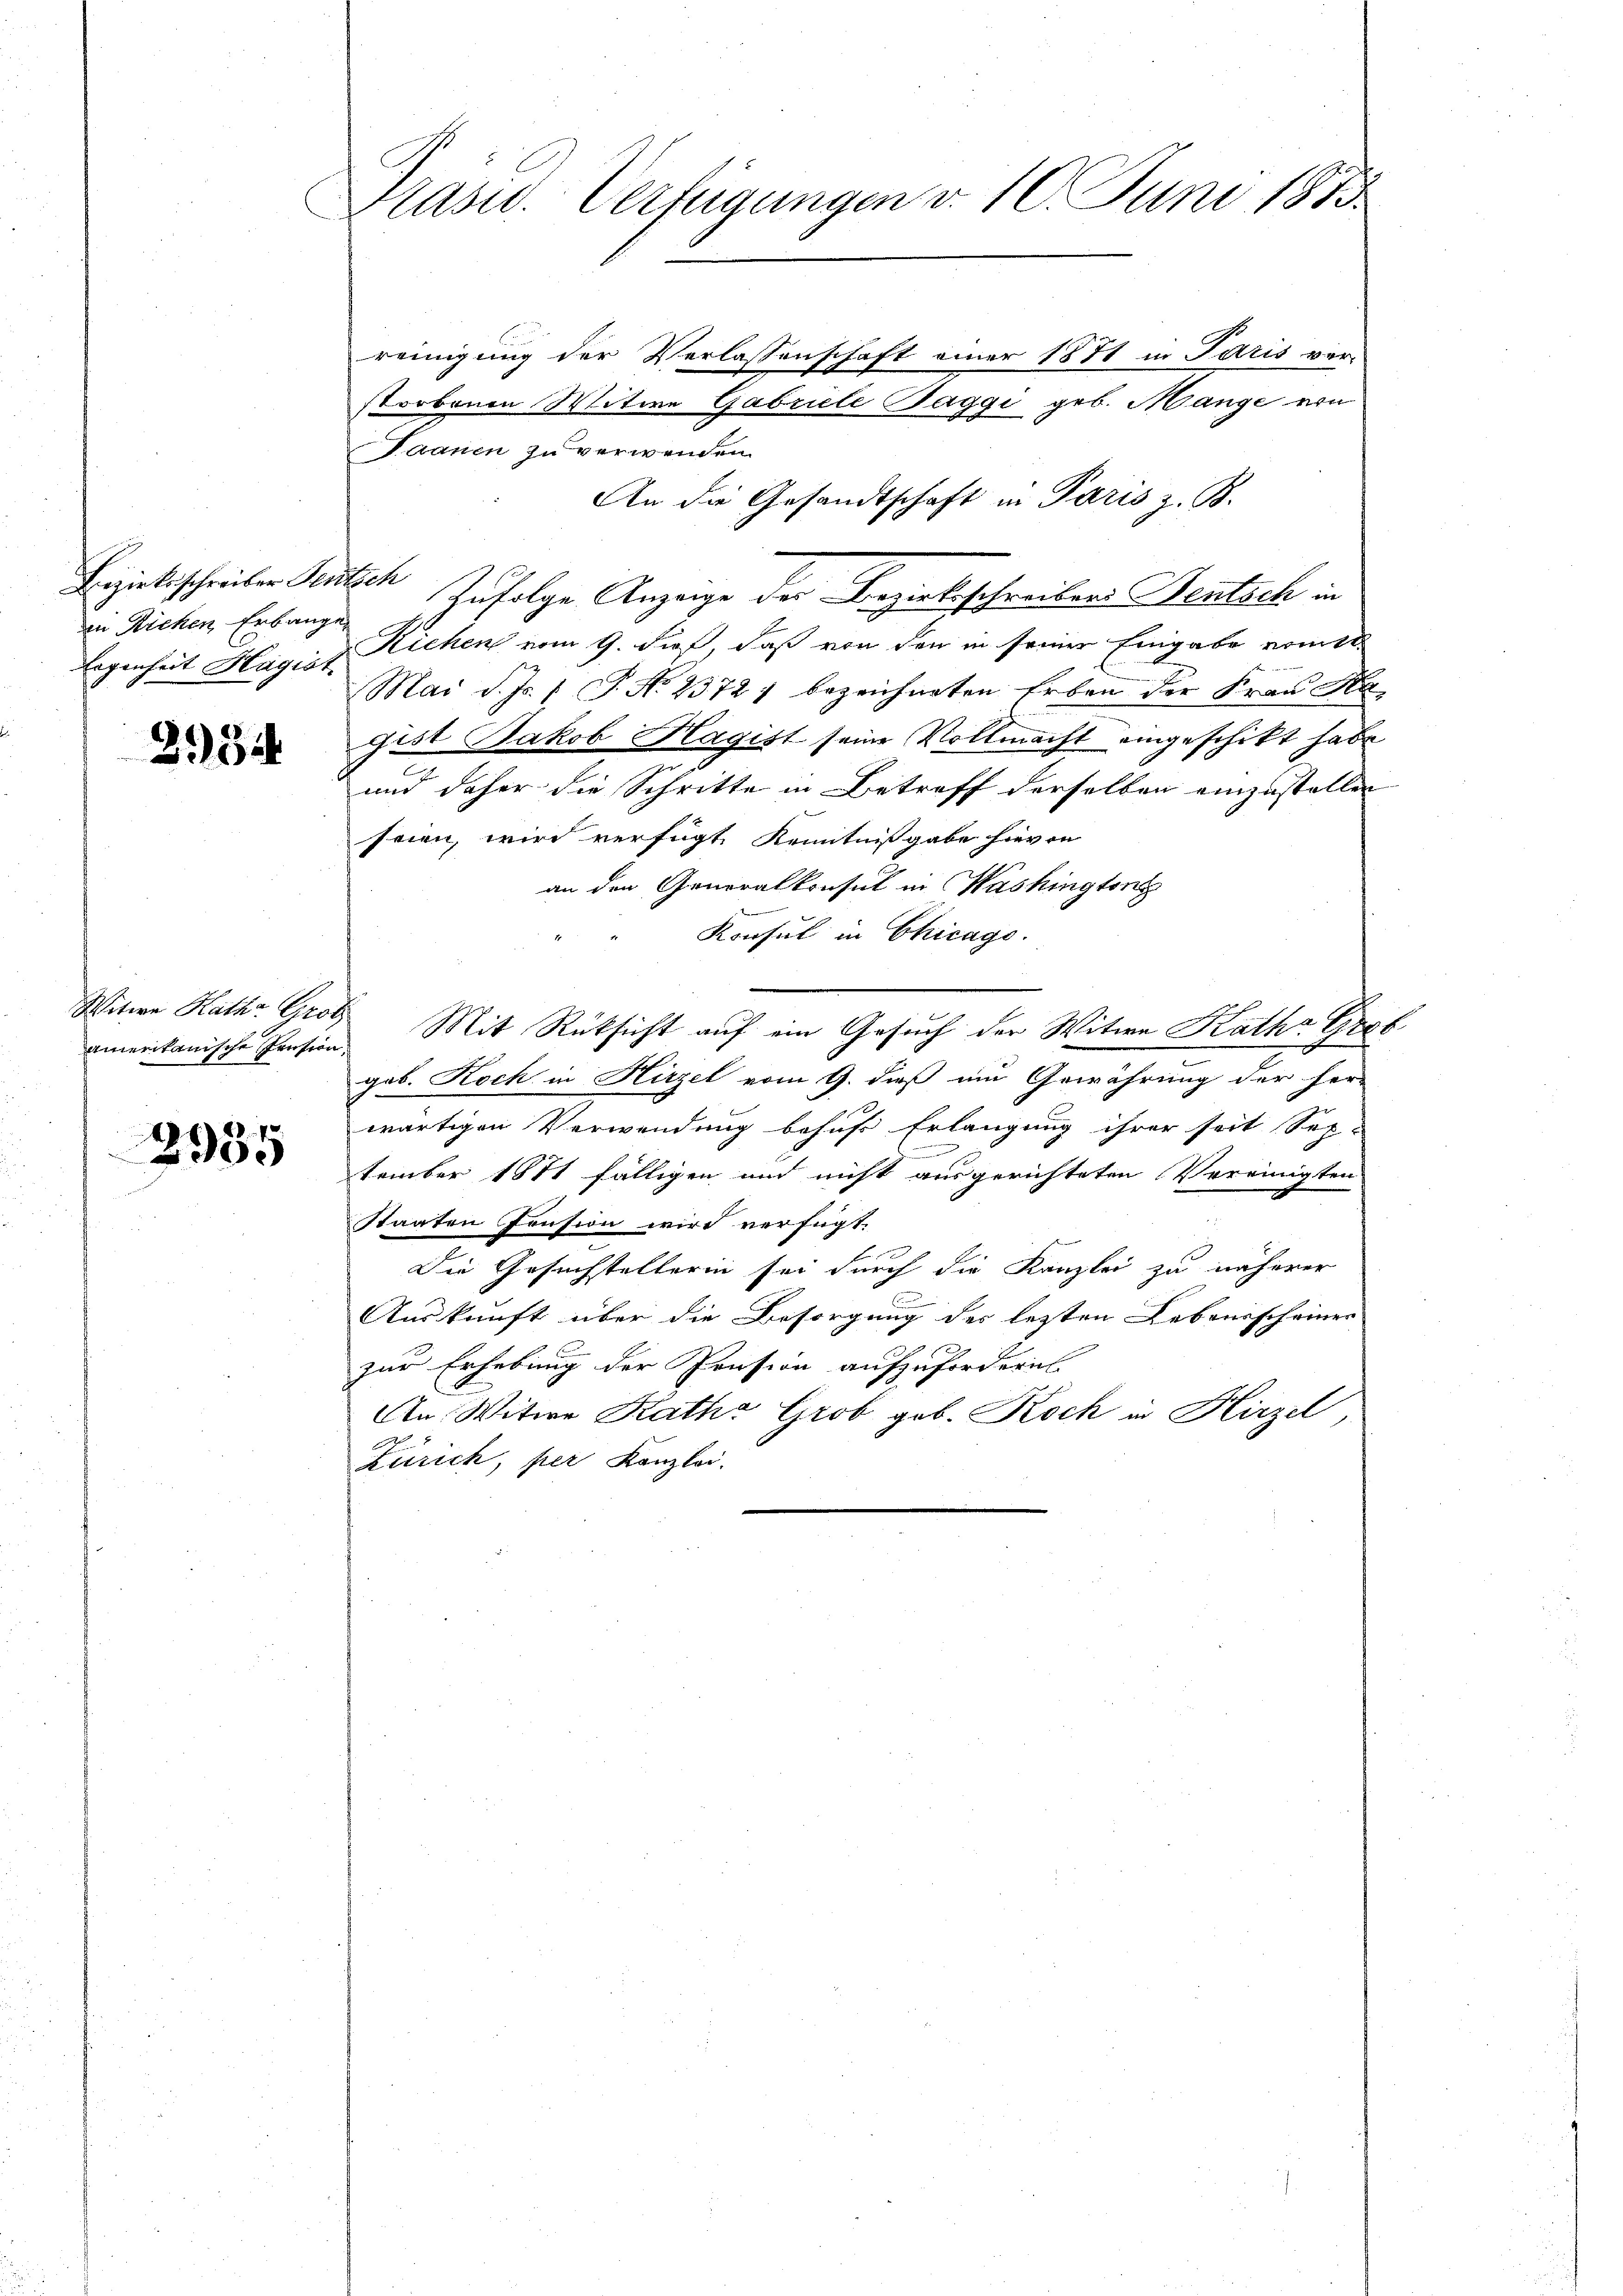
in Richen Erbauge
Eegenheit Hagist

234

amerikanische Pension.

2935

Prasid. Verfügungen v. 10. Juni 1873.

reinigung der Verlassenschaft einer 1871 in Paris verstorbenen Witwe Gabricle Taggi geb. Mange von
Saanen zu verwenden.
An die Gesandtschaft in Paris z. B.
Bezirksschreiben Rutsch Zufolge Anzeige der Bezirksschreibens entsch in
Kichen vom 9. dieß, daß von den in seiner Eingabe womite
Mai d. Js. 1. P. Nr. 2572) bezeichneten Erben der Frau Kagist Jakob Hagist seine Vollmacht eingeschikt habe
2
und daher die Schritte in Betreff derselben einzustellen
seien, wird verfügt Kenntnißgabe hievon
an den Generalkonsul in Washington
Konsul in Chicago.
Witwe Kath. Grob Mit Rücksicht auf ein Gesuch der Witwe Katha Gest
gab. Koch in Hirzel vom 9. dieß ein Gewährung der fer-
wärtigen Verwendung behufs Erlangung ihrer seit Sep¬
.
tember 1871 fälligen und nicht ausgerichteten Vereinigten
Staaten Pension wird verfügt:
E
Die Gesuchstellerin sei durch die Kanzlei zu näherer
Auskunft über die Besorgung des letzten Lebenischeiner
zur Erhebung der Pension aufzufordern.
An Witwe Raths Grob geb. Koch in Hirzel,
Zürich, per Kanzlei.